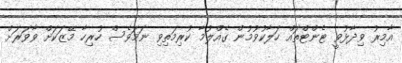
އާމިރު ވިދާޅުވީ ޓެންޓްތައް ހަލާކުވުމުން ގެއްލުމާ ކުރިމަތިވި ނަމަވެސް ހުރިހާ މޭޒަކަށް ވާވަރަށް